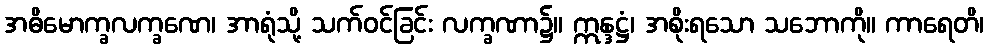
အဓိမောက္ခလက္ခဏေ၊ အာရုံသို့ သက်ဝင်ခြင်း လက္ခဏာ၌။ ဣန္ဒဋ္ဌံ၊ အစိုးရသော သဘောကို။ ကာရေတိ၊